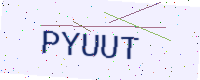
Text: PYUUT